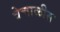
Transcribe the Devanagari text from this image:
त्रेचाळीस